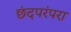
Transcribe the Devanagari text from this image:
छंदपरंपरा